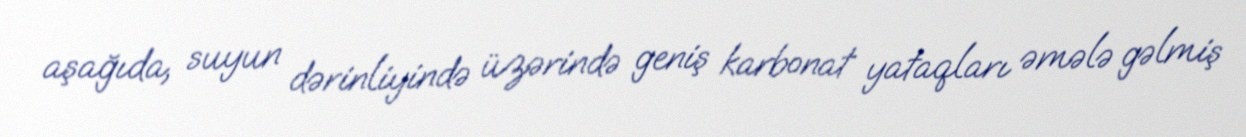
aşağıda, suyun dərinliyində üzərində geniş karbonat yataqları əmələ gəlmiş